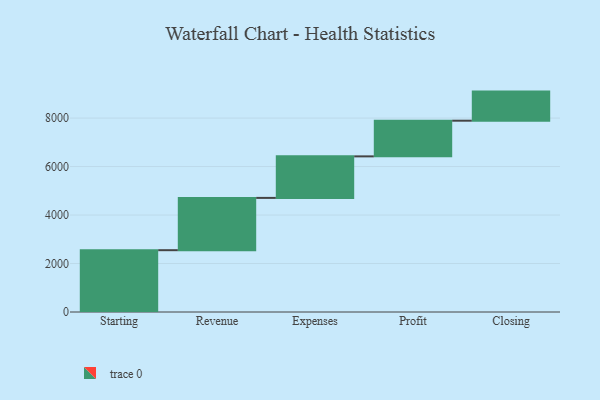
{"axis": {"x": "Step", "y": "Value"}, "legend": [""], "data": [{"x": "Starting", "y": 2550.0, "type": ""}, {"x": "Revenue", "y": 2157.0, "type": ""}, {"x": "Expenses", "y": 1713.0, "type": ""}, {"x": "Profit", "y": 1472.0, "type": ""}, {"x": "Closing", "y": 1200.0, "type": ""}]}